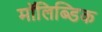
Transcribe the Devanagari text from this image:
मॉलिब्डिक